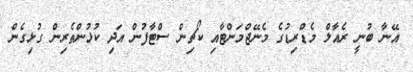
އޭނާ ބުނީ ރެއާލް މެޑްރިޑުގެ މެނޭޖްމަންޓާއި ކޯޗިން ސްޓާފުން އަދި ކުޅުންތެރިން ގުޅިގެން